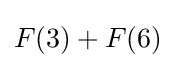
F(3)+F(6)